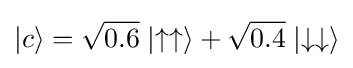
|c\rangle ={\sqrt {0.6}}\mid \uparrow \uparrow \rangle +{\sqrt {0.4}}\mid \downarrow \downarrow \rangle